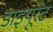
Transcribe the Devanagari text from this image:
डाइयूरेट